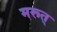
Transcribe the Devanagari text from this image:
मरूत्